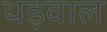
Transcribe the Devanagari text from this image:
थड़वाल